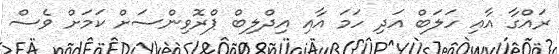
ރައްގާ އާއި ހަލަބް އަދި ހަމަ އާއި އިދްލިބް ޕްރޮވިންސަށް ކަމަށް ވެސް